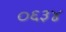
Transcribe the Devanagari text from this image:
०६३४